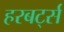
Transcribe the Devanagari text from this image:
हरबर्ट्स